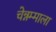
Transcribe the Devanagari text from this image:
चेन्नम्माला